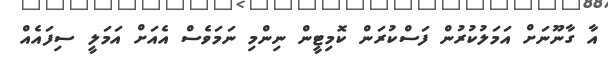
އާ ގާނޫނަށް އަމަލުކުރުން ފަސްކުރަން ކޮމިޓީން ނިންމި ނަމަވެސް އެއަށް އަމަލީ ސިފައެއް